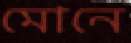
মোনে